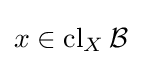
x\in \operatorname {cl} _{X}{\mathcal {B}}